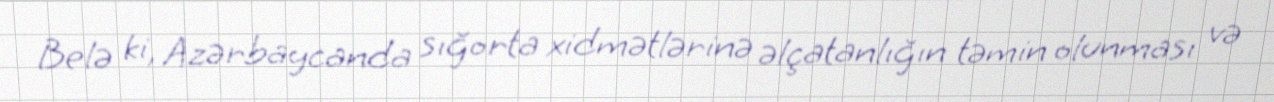
Belə ki, Azərbaycanda sığorta xidmətlərinə əlçatanlığın təmin olunması və